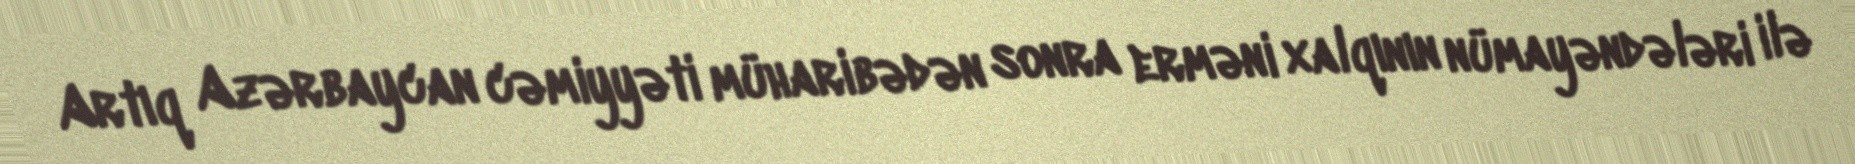
Artıq Azərbaycan cəmiyyəti müharibədən sonra erməni xalqının nümayəndələri ilə